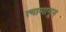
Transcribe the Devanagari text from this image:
त्यामागून